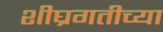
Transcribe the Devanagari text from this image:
शीघ्रगतीच्या